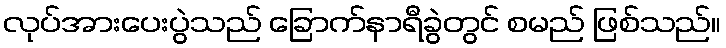
လုပ်အားပေးပွဲသည် ခြောက်နာရီခွဲတွင် စမည် ဖြစ်သည်။